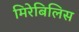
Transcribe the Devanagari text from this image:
मिरेबिलिस